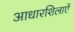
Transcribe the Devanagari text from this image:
आधारशिलाऐं